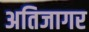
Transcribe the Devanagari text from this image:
अतिजागर